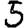
Digit: 5